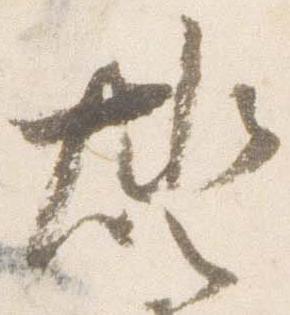
燈